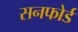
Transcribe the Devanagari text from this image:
सनफोर्ड